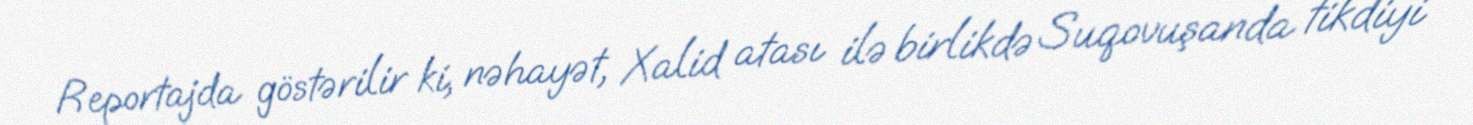
Reportajda göstərilir ki, nəhayət, Xalid atası ilə birlikdə Suqovuşanda tikdiyi